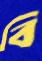
বি